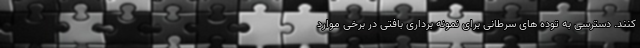
کنند. دسترسی به توده های سرطانی برای نمونه برداری بافتی در برخی موارد